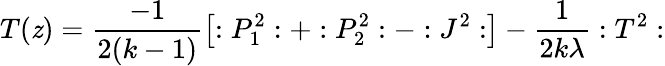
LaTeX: T(\mathit{z})=\frac{{-1}}{{2(k-1)}}\left[:P_{1}^{2}:+:P_{2}^{2}:-:J^{2}:\right]-\frac{1}{{2k\lambda}}:T^{2}: